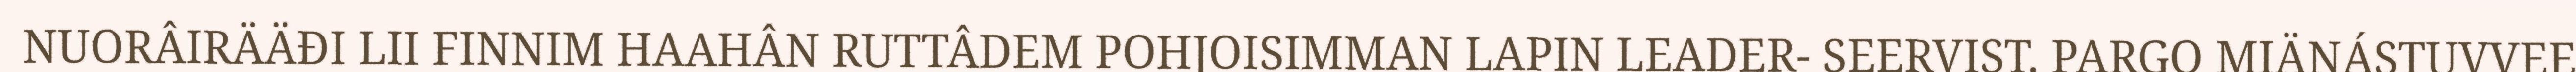
NUORÂIRÄÄĐI LII FINNIM HAAHÂN RUTTÂDEM POHJOISIMMAN LAPIN LEADER- SEERVIST. PARGO MIÄNÁSTUVVEE